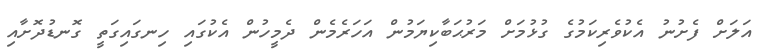
އަލަށް ފެށުނު އެކުވެރިކަމުގެ ގުޅުމަށް މަރުޙަބާކިޔަމުން އަހަރެމެން ދެމީހުން އެކުގައި ހިނގައިގަތީ ގޮނޑުދޮށާއި